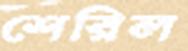
শেরিল